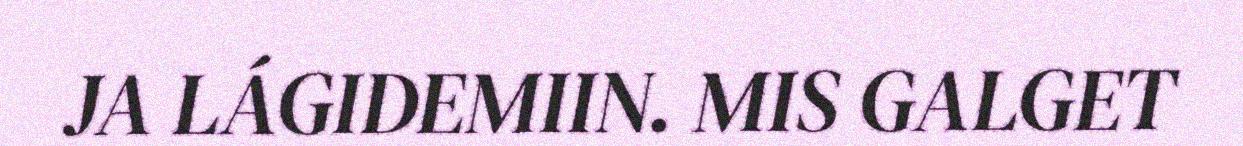
JA LÁGIDEMIIN. MIS GALGET